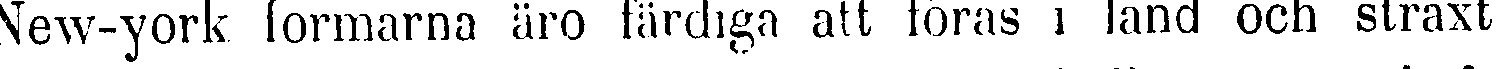
New-york formarna äro färdiga att föras i land och straxt